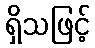
ရှိသဖြင့်